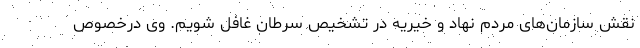
نقش سازمان‌های مردم نهاد و خیریه در تشخیص سرطان غافل شویم. وی درخصوص